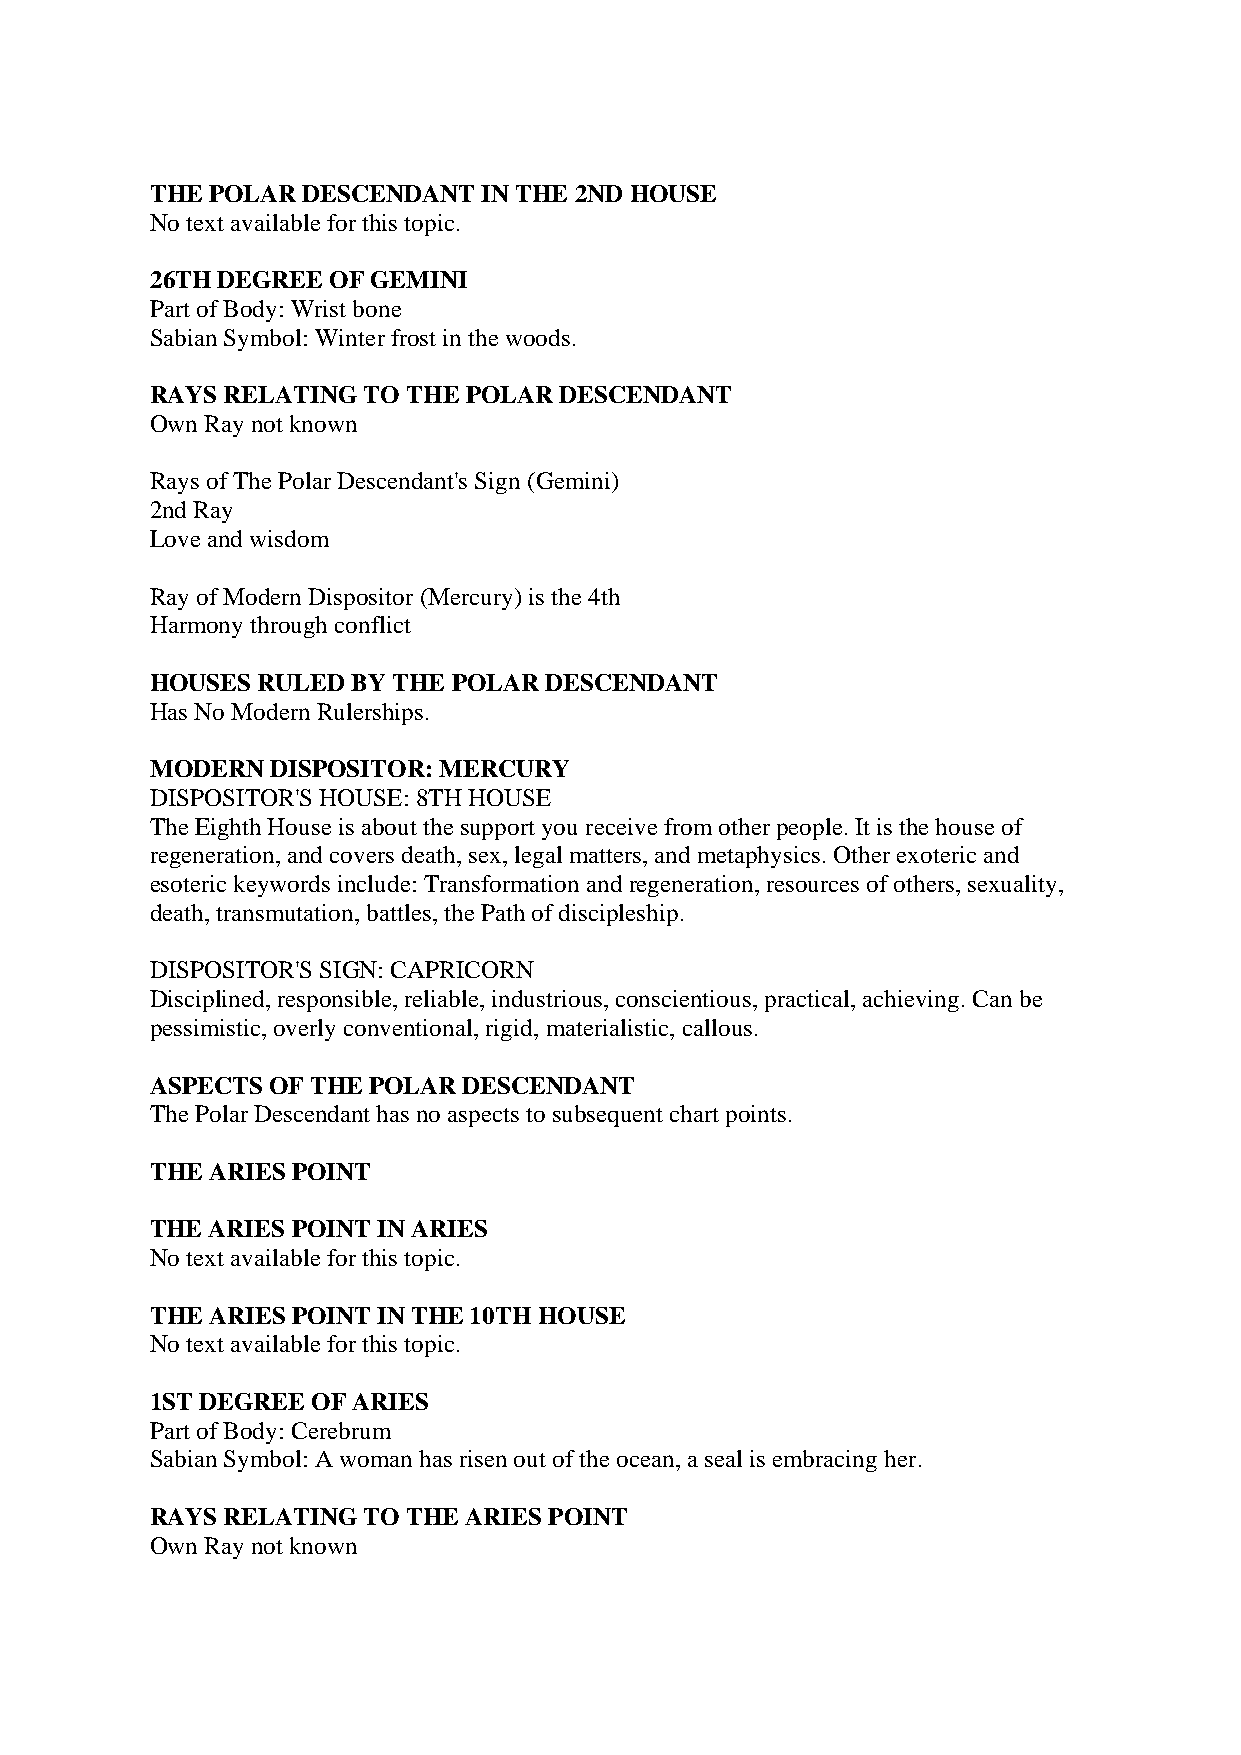
THE POLAR DESCENDANT  IN THE 2ND HOUSE
 No text available for this topic.
 26TH DEGREE OF GEMINI
 Part of Body: Wrist bone
 Sabian Symbol: Winter frost in the woods.
 RAYS RELATING TO THE POLAR DESCENDANT
 Own Ray not known
 Rays of The Polar Descendant's Sign (Gemini)
 2nd Ray
 Love and wisdom
 Ray of Modern Dispositor (Mercury) is the 4th
 Harmony through conflict
 HOUSES RULED BY THE POLAR DESCENDANT
 Has No Modern Rulerships.
 MODERN  DISPOSITOR: MERCURY
 DISPOSITOR'S HOUSE: 8TH HOUSE
 The Eighth House is about the support you receive from other people. It is the house of
 regeneration, and covers death, sex, legal matters, and metaphysics. Other exoteric and
 esoteric keywords include: Transformation and regeneration, resources of others, sexuality,
 death, transmutation, battles, the Path of discipleship.
 DISPOSITOR'S SIGN: CAPRICORN
 Disciplined, responsible, reliable, industrious, conscientious, practical, achieving. Can be
 pessimistic, overly conventional, rigid, materialistic, callous.
 ASPECTS OF THE POLAR DESCENDANT
 The Polar Descendant has no aspects to subsequent chart points.
 THE ARIES POINT
 THE ARIES POINT IN ARIES
 No text available for this topic.
 THE ARIES POINT IN THE 10TH HOUSE
 No text available for this topic.
 1ST DEGREE OF ARIES
 Part of Body: Cerebrum
 Sabian Symbol: A woman has risen out of the ocean, a seal is embracing her.
 RAYS RELATING TO THE ARIES POINT
 Own Ray not known